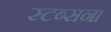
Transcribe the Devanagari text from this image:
स्टब्सना